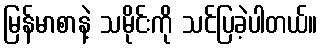
မြန်မာစာနဲ့ သမိုင်းကို သင်ပြခဲ့ပါတယ်။